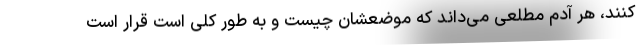
کنند، هر آدم مطلعی می‌داند که موضعشان چیست و به طور کلی است قرار است